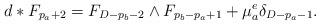
LaTeX: \begin{align*}d*F_{p_a+2} = F_{D-p_b-2} \wedge F_{p_b-p_a+1} + \mu^e_a\delta_{D-p_a-1}. \end{align*}